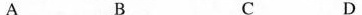
A B C D